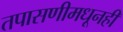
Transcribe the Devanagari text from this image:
तपासणीमधूनही